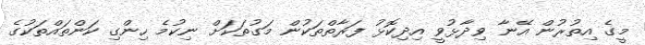
މީގެ އިތުރުން އޭނާ ވިދާޅުވީ އިދިކޮޅު ފަރާތްތަކުން މަގުތަކަށް ނިކުމެ ހިންގި ކަންތައްތަކުގެ